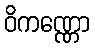
ဝိကဏ္ဏော